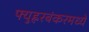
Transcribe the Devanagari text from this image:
फ्युह्ररबंकरमध्ये